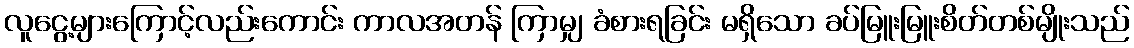
လူငွေ့များကြောင့်လည်းကောင်း ကာလအတန် ကြာမျှ ခံစားရခြင်း မရှိသော ခပ်မြူးမြူးစိတ်တစ်မျိုးသည်